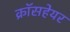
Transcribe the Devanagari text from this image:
क्रॉसहेयर